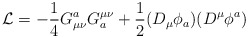
\begin{align*}{\cal L} = -{ 1\over 4} G_{\mu \nu} ^a G^{\mu \nu} _a +{1 \over 2} (D_{\mu} \phi _a ) (D^{\mu} \phi ^a )\end{align*}